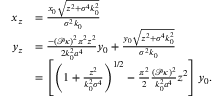
\begin{array} { r l } { x _ { z } } & { = \frac { x _ { 0 } \sqrt { z ^ { 2 } + \sigma ^ { 4 } k _ { 0 } ^ { 2 } } } { \sigma ^ { 2 } k _ { 0 } } } \\ { y _ { z } } & { = \frac { - ( \mathcal { P } \kappa ) ^ { 2 } \pi ^ { 2 } z ^ { 2 } } { 2 k _ { 0 } ^ { 2 } a ^ { 4 } } y _ { 0 } + \frac { y _ { 0 } \sqrt { z ^ { 2 } + \sigma ^ { 4 } k _ { 0 } ^ { 2 } } } { \sigma ^ { 2 } k _ { 0 } } } \\ & { = \left[ \left( 1 + \frac { z ^ { 2 } } { k _ { 0 } ^ { 2 } \sigma ^ { 4 } } \right) ^ { 1 / 2 } - \frac { \pi ^ { 2 } } { 2 } \frac { ( \mathcal { P } \kappa ) ^ { 2 } } { k _ { 0 } ^ { 2 } a ^ { 4 } } z ^ { 2 } \right] y _ { 0 } . } \end{array}